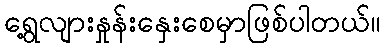
ရွေ့လျားနှုန်းနှေးစေမှာဖြစ်ပါတယ်။